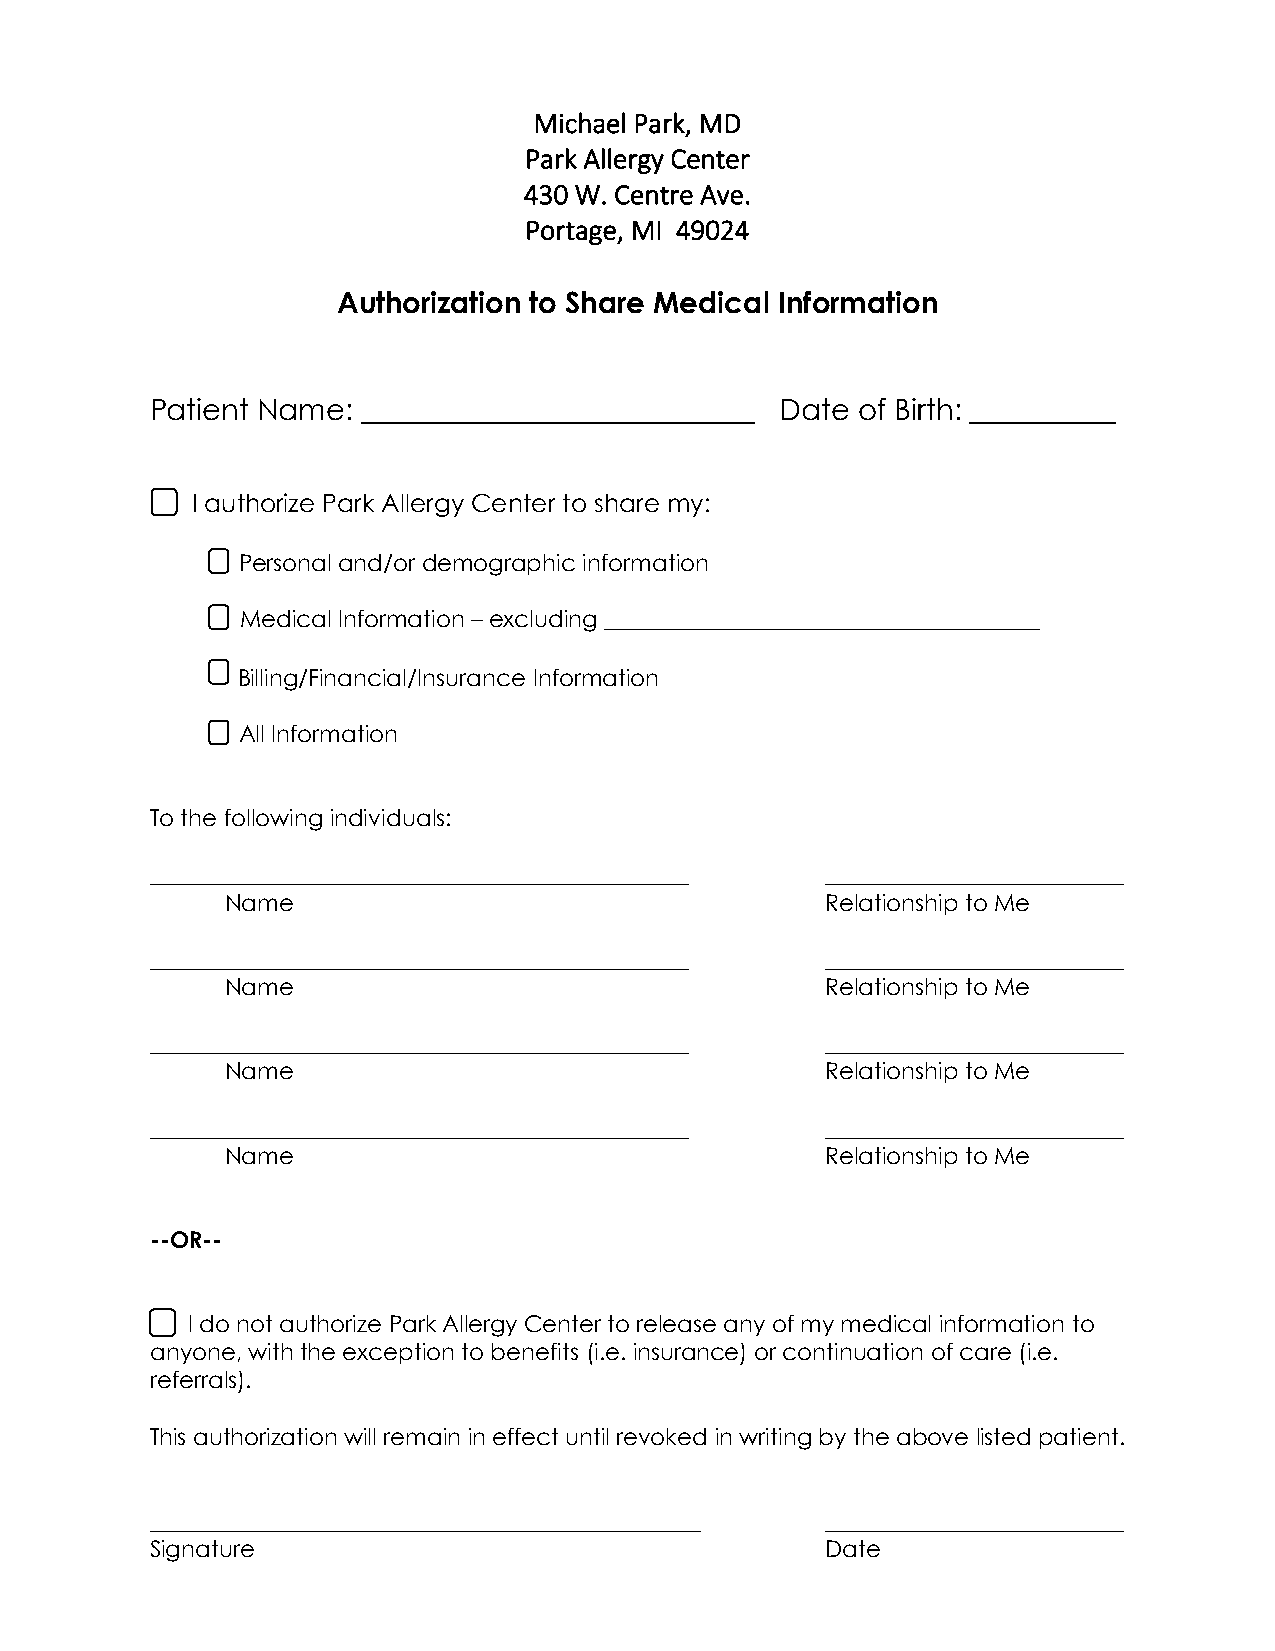
Michael Park, MD
 Park Allergy Center
 430 W. Centre Ave.
 Portage, MI 49024
 Authorization to Share Medical Information
 Patient Name: ___________________________ Date of Birth: __________
 I authorize Park Allergy Center to share my:
 Personal and/or demographic information
 Medical Information – excluding ______________________________________
 Billing/Financial/Insurance Information
 All Information
 To the following individuals:
 _______________________________________________ __________________________
 Name                                    Relationship to Me
 _______________________________________________ __________________________
 Name                                    Relationship to Me
 _______________________________________________ __________________________
 Name                                    Relationship to Me
 _______________________________________________ __________________________
 Name                                    Relationship to Me
 --OR--
 I do not authorize Park Allergy Center to release any of my medical information to
 anyone, with the exception to benefits (i.e. insurance) or continuation of care (i.e.
 referrals).
 This authorization will remain in effect until revoked in writing by the above listed patient.
 ________________________________________________ __________________________
 Signature                                    Date